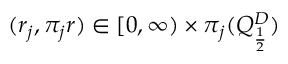
( r _ { j } , \pi _ { j } r ) \in [ 0 , \infty ) \times \pi _ { j } ( Q _ { \frac { 1 } { 2 } } ^ { D } )